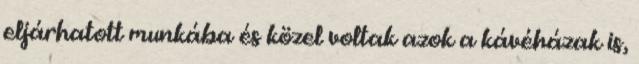
eljárhatott munkába és közel voltak azok a kávéházak is,